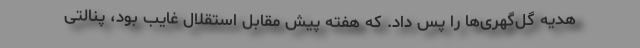
هدیه گل‌گهری‌ها را پس داد. که هفته پیش مقابل استقلال غایب بود، پنالتی